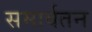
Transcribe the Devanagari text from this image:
समार्वतन